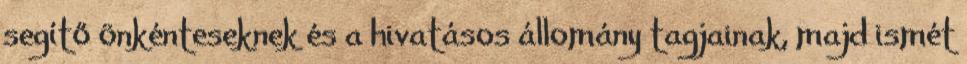
segítő önkénteseknek és a hivatásos állomány tagjainak, majd ismét